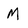
Character: M